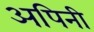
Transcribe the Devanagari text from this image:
अपिनी